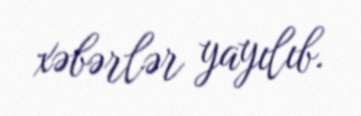
xəbərlər yayılıb.